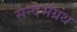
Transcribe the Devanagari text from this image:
सन्दर्भग्रंथ